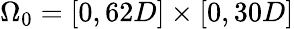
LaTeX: \Omega_{0}=[0,62D]\times[0,30D]